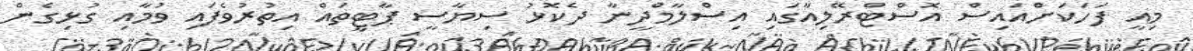
މިއީ ފަހަކަށްއައިސް އޮސްޓްރޭލިއާގައި އިސްލާމްދީނާ ދެކޮޅު ސިޔާސީ ޕާޓީތައް އިތުރުވެފައި ވުމާއި ގުޅިގެން